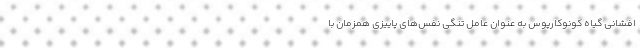
افشانی گیاه کونوکارپوس به عنوان عامل تنگی نفس‌های پاییزی همزمان با